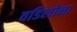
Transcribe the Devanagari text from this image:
वडिलोना